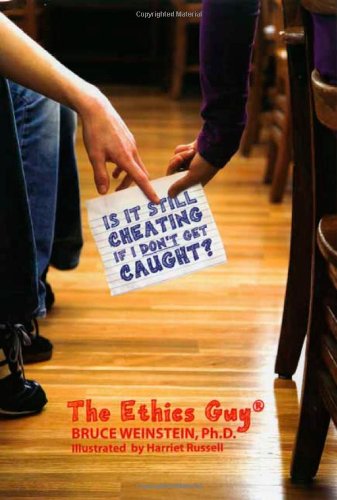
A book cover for Is It Still Cheating If I Don't Get Caught?; Bruce Weinstein; Children's Books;